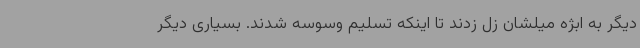
دیگر به ابژه میلشان زل زدند تا اینکه تسلیم وسوسه شدند. بسیاری دیگر